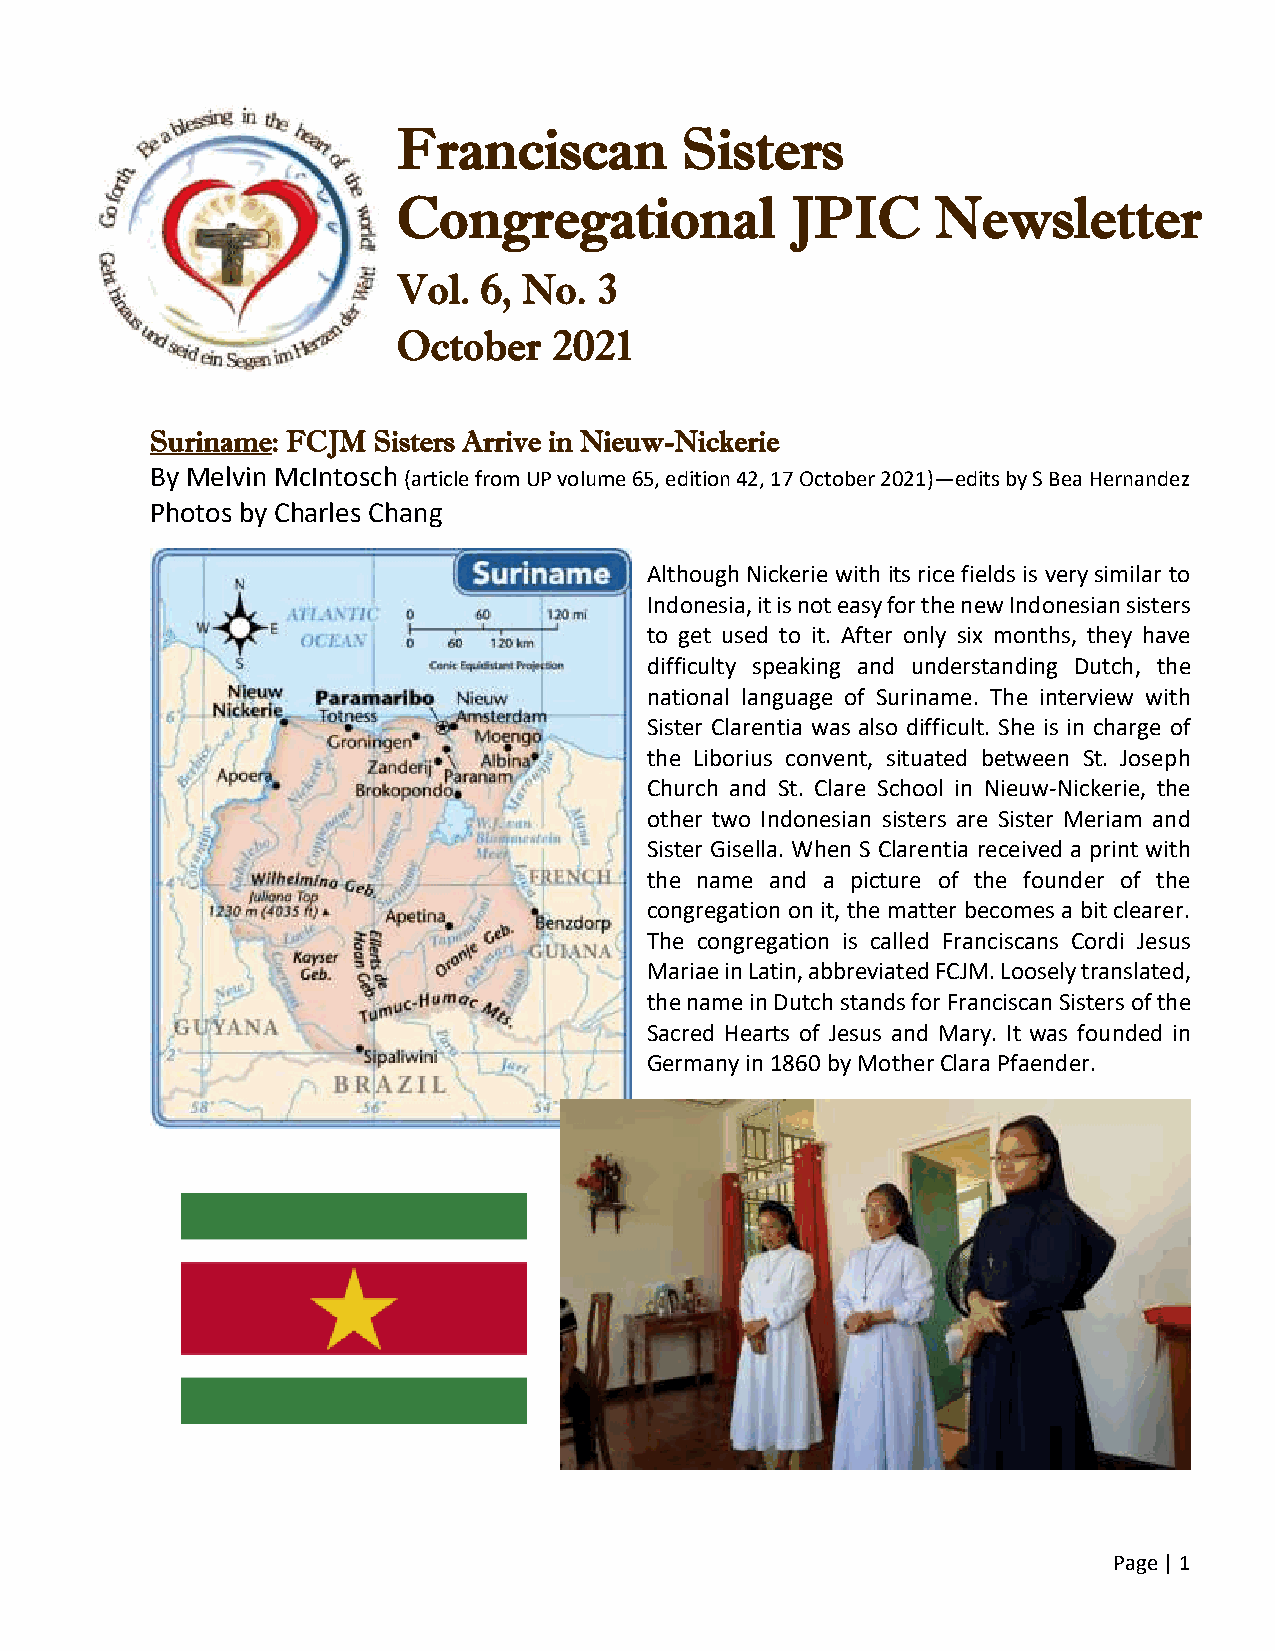
Franciscan         Sisters
 Congregational            JPIC      Newsletter
 Vol.  6, No.  3
 October    2021
 Suriname: FCJM Sisters Arrive in Nieuw-Nickerie
 By Melvin McIntosch (article from UP volume 65, edition 42, 17 October 2021)—edits by S Bea Hernandez
 Photos by Charles Chang
 Although Nickerie with its rice fields is very similar to
 Indonesia, it is not easy for the new Indonesian sisters
 to get used to it. After only six months, they have
 difficulty speaking and understanding Dutch, the
 national language of Suriname. The interview with
 Sister Clarentia was also difficult. She is in charge of
 the Liborius convent, situated between St. Joseph
 Church and St. Clare School in Nieuw-Nickerie, the
 other two Indonesian sisters are Sister Meriam and
 Sister Gisella. When S Clarentia received a print with
 the name and a picture of the founder of the
 congregation on it, the matter becomes a bit clearer.
 The congregation is called Franciscans Cordi Jesus
 Mariae in Latin, abbreviated FCJM. Loosely translated,
 the name in Dutch stands for Franciscan Sisters of the
 Sacred Hearts of Jesus and Mary. It was founded in
 Germany in 1860 by Mother Clara Pfaender.
 Page | 1